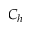
C _ { h }